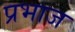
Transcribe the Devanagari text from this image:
प्रभाज